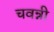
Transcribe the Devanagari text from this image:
चवन्नी